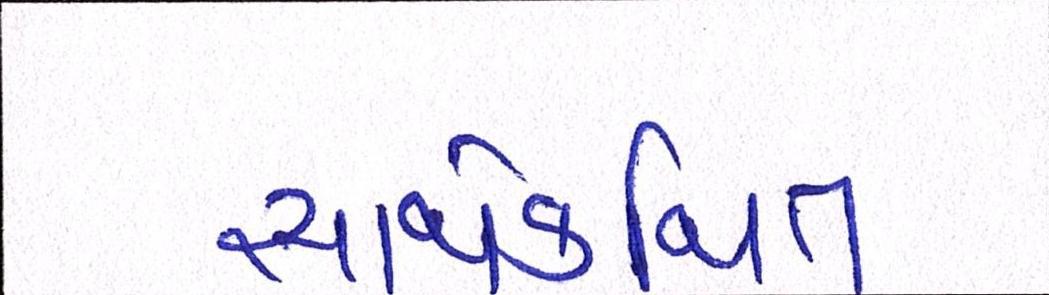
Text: સાથેકથિત